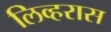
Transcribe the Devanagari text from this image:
लिव्हरास